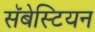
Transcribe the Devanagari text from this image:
सॅबेस्टियन